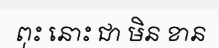
ពុះ នោះ ជា មិន ខាន